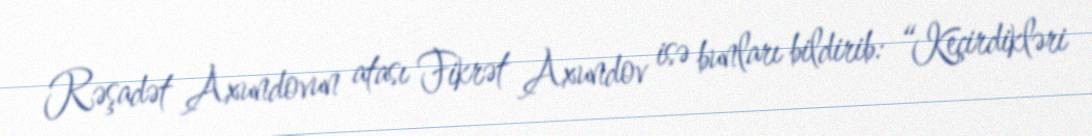
Rəşadət Axundovun atası Fikrət Axundov isə bunları bildirib: “Keçirdikləri